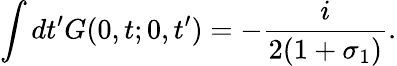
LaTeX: \int dt^{\prime}G(0,t;0,t^{\prime})=-\frac{i}{2(1+\sigma_{1})}.